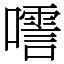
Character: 㘊